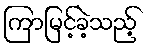
ကြာမြင့်ခဲ့သည့်